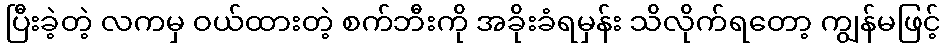
ပြီးခဲ့တဲ့ လကမှ ဝယ်ထားတဲ့ စက်ဘီးကို အခိုးခံရမှန်း သိလိုက်ရတော့ ကျွန်မဖြင့်